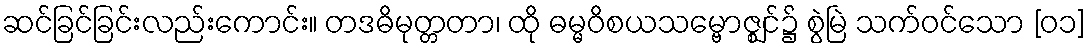
ဆင်ခြင်ခြင်းလည်းကောင်း။ တဒဓိမုတ္တတာ၊ ထို ဓမ္မဝိစယသမ္ဗောဇ္ဈင်၌ စွဲမြဲ သက်ဝင်သော [၀၁]